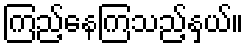
ကြည့်နေကြသည့်နှယ်။